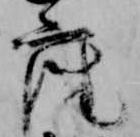
座